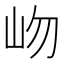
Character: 岉